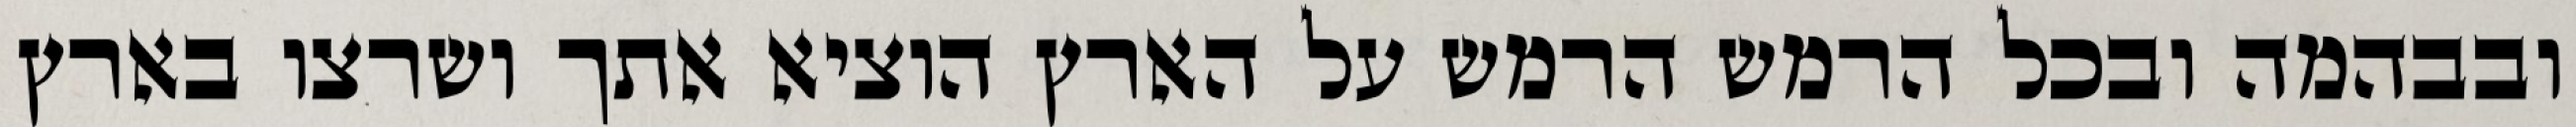
ובבהמה ובכל הרמש הרמש על הארץ הוציא אתך ושרצו בארץ